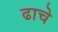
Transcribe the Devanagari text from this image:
ढाचे